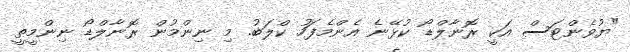
"ޔުވެންޓަސް އަކީ ރޮނާލްޑޯ ކުޅޭނެ އެންމެފަހު ކްލަބު. މި ނިންމުން ރޮނާލްޑޯ ނިންމީތީ